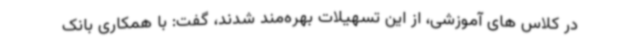
در کلاس های آموزشی، از این تسهیلات بهره‌مند شدند، گفت: با همکاری بانک